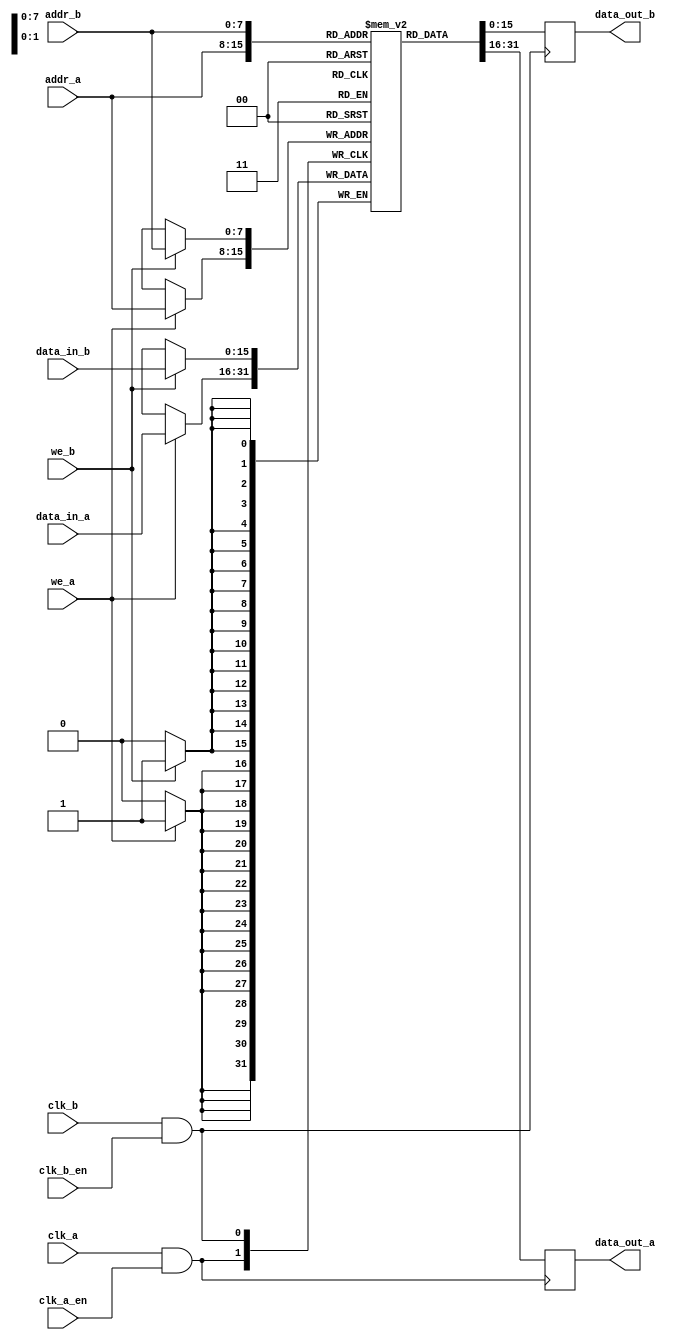
module memory_block (
    input wire clk_a,          // Clock A
    input wire clk_b,          // Clock B
    input wire clk_a_en,       // Clock A enable signal
    input wire clk_b_en,       // Clock B enable signal
    input wire [7:0] addr_a,   // Address input for Clock A domain
    input wire [7:0] addr_b,   // Address input for Clock B domain
    input wire [15:0] data_in_a, // Data input for Clock A domain
    input wire [15:0] data_in_b, // Data input for Clock B domain
    input wire we_a,           // Write enable for Clock A domain
    input wire we_b,           // Write enable for Clock B domain
    output reg [15:0] data_out_a, // Data output for Clock A domain
    output reg [15:0] data_out_b  // Data output for Clock B domain
);

    // Memory array
    reg [15:0] memory [255:0]; // 256 x 16-bit memory

    // Clock gating logic for Clock A
    wire gated_clk_a = clk_a & clk_a_en;

    // Clock gating logic for Clock B
    wire gated_clk_b = clk_b & clk_b_en;

    // Memory access for Clock A domain
    always @(posedge gated_clk_a) begin
        if (we_a) begin
            memory[addr_a] <= data_in_a; // Write data
        end
        data_out_a <= memory[addr_a]; // Read data
    end

    // Memory access for Clock B domain
    always @(posedge gated_clk_b) begin
        if (we_b) begin
            memory[addr_b] <= data_in_b; // Write data
        end
        data_out_b <= memory[addr_b]; // Read data
    end

endmodule